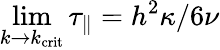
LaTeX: \operatorname*{lim}_{k\to k_{\mathrm{crit}}}\tau_{\parallel}=h^{2}\kappa/6\nu